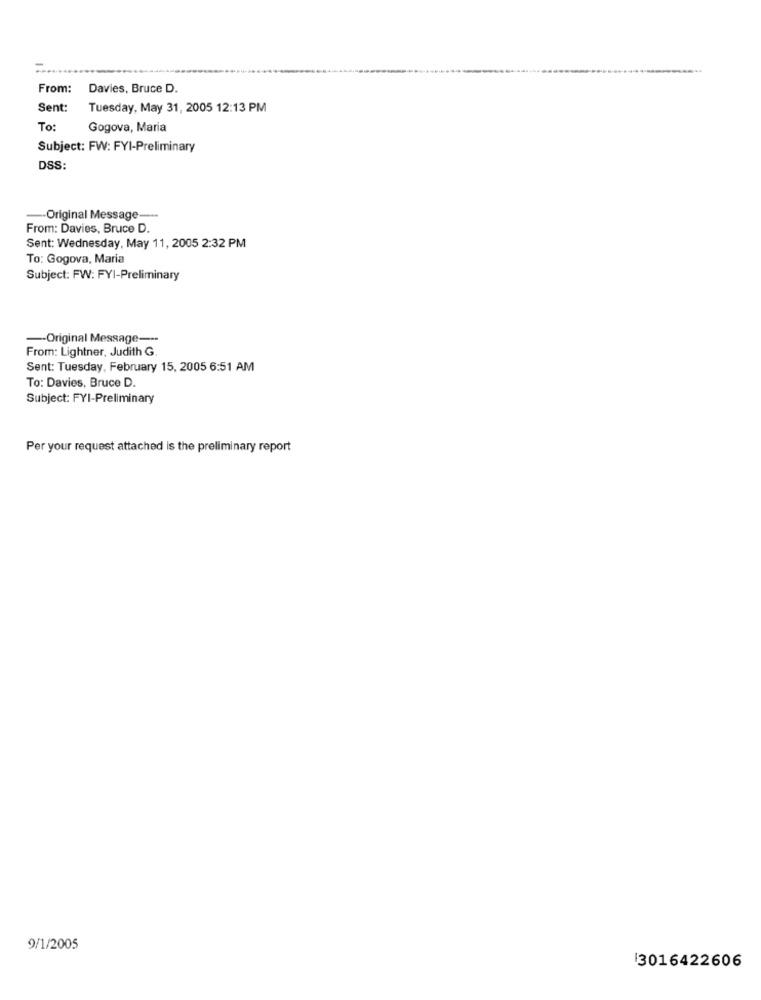
From:
Davies, Bruce D.
Sent:
Tuesday, May 31, 2005 12:13 PM
To:
Gogova, Maria
Subject: FW: FYI-Preliminary
DSS:
Original Message-
From: Davies, Bruce D.
Sent: Wednesday, May 11, 2005 2:32 PM
To: Gogova, Maria
Subject: FW: FYI-Preliminary
-- Original Message ---
From: Lightner, Judith G.
Sent: Tuesday, February 15, 2005 6:51 AM
To: Davies, Bruce D.
Subject: FYI-Preliminary
Per your request attached is the preliminary report
9/1/2005
3016422606